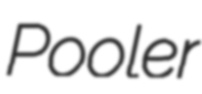
Pooler